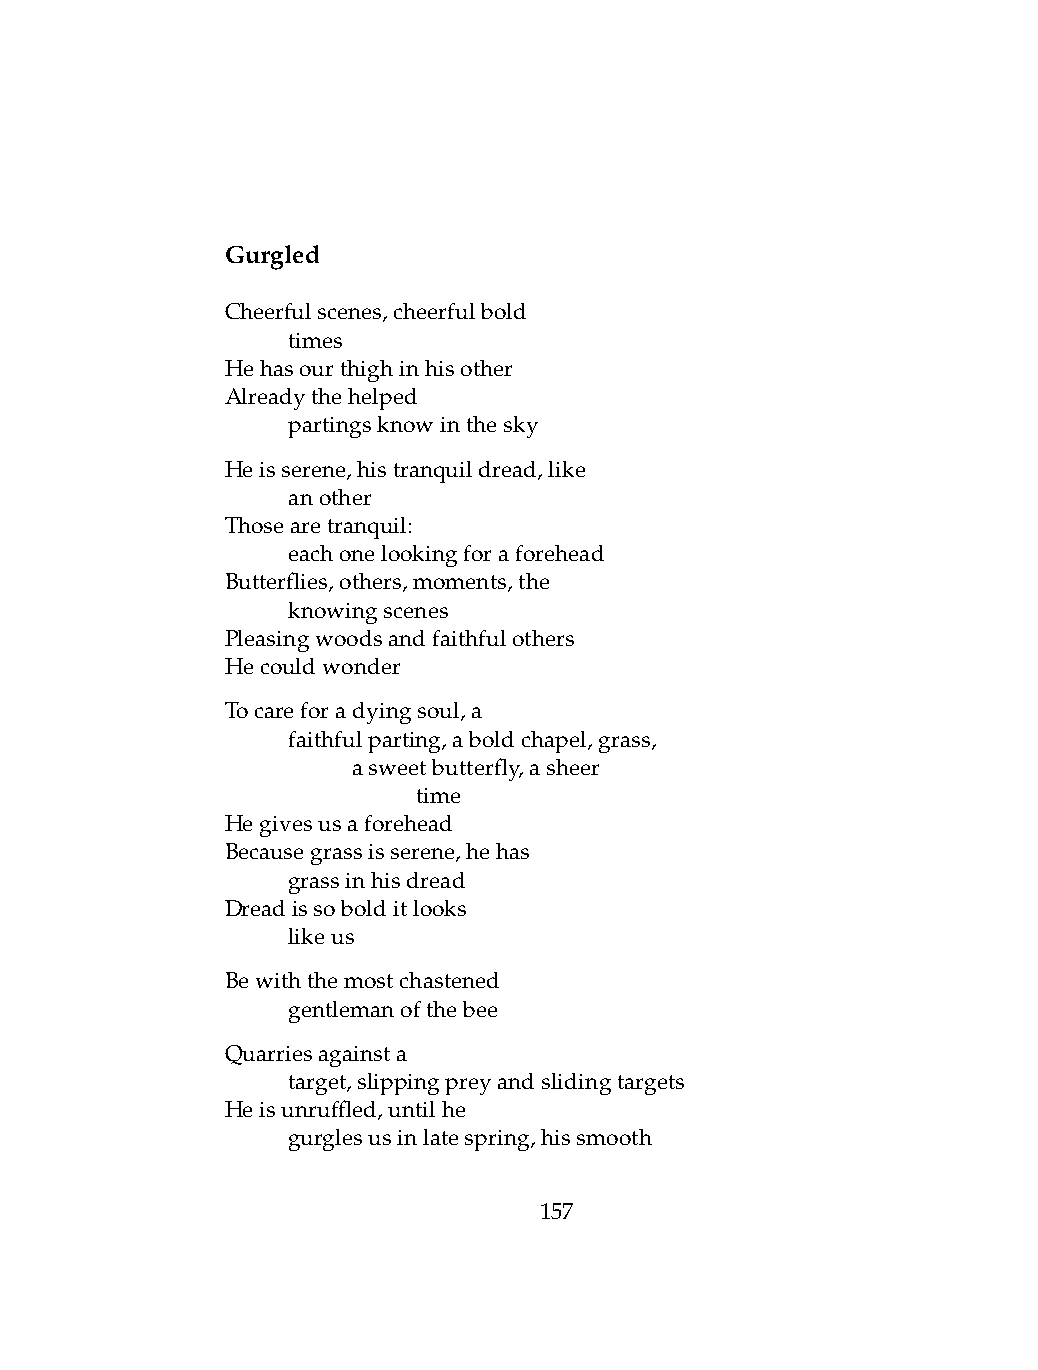
Gurgled
 Cheerfulscenes,cheerfulbold
 .   times
 Hehasourthighinhisother
 Alreadythehelped
 .   partingsknowinthesky
 Heisserene,histranquildread,like
 .   another
 Thosearetranquil:
 .   eachonelookingforaforehead
 Butterflies,others,moments,the
 .   knowingscenes
 Pleasingwoodsandfaithfulothers
 Hecouldwonder
 Tocareforadyingsoul,a
 .   faithfulparting,aboldchapel,grass,
 .   .   asweetbutterfly,asheer
 .   .   .    time
 Hegivesusaforehead
 Becausegrassisserene,hehas
 .   grassinhisdread
 Dreadissobolditlooks
 .   likeus
 Bewiththemostchastened
 .   gentlemanofthebee
 Quarriesagainsta
 .   target,slippingpreyandslidingtargets
 Heisunruffled,untilhe
 .   gurglesusinlatespring,hissmooth
 157